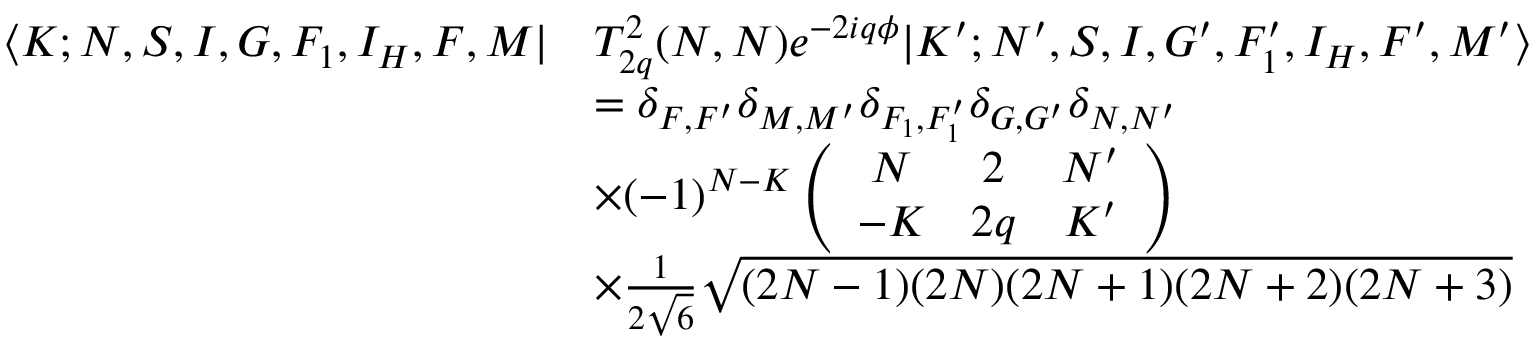
\begin{array} { r l } { \langle K ; N , S , I , G , F _ { 1 } , I _ { H } , F , M | } & { T _ { 2 q } ^ { 2 } ( N , N ) e ^ { - 2 i q \phi } | K ^ { \prime } ; N ^ { \prime } , S , I , G ^ { \prime } , F _ { 1 } ^ { \prime } , I _ { H } , F ^ { \prime } , M ^ { \prime } \rangle } \\ & { = \delta _ { F , F ^ { \prime } } \delta _ { M , M ^ { \prime } } \delta _ { F _ { 1 } , F _ { 1 } ^ { \prime } } \delta _ { G , G ^ { \prime } } \delta _ { N , N ^ { \prime } } } \\ & { \times ( - 1 ) ^ { N - K } \left( \begin{array} { c c c } { N } & { 2 } & { N ^ { \prime } } \\ { - K } & { 2 q } & { K ^ { \prime } } \end{array} \right) } \\ & { \times \frac { 1 } { 2 \sqrt { 6 } } \sqrt { ( 2 N - 1 ) ( 2 N ) ( 2 N + 1 ) ( 2 N + 2 ) ( 2 N + 3 ) } } \end{array}